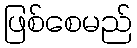
ဖြစ်စေမည်